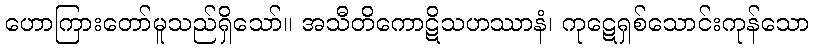
ဟောကြားတော်မူသည်ရှိသော်။ အသီတိကောဋိသဟဿာနံ၊ ကုဋေရှစ်သောင်းကုန်သော